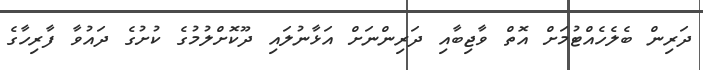
ދަރިން ބެލެހެއްޓުމަށް އޮތް ވާޖިބާއި ދަރިންނަށް އަޅާނުލައި ދޫކޮށްލުމުގެ ކުށުގެ ދައުވާ ފާރިހާގެ